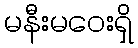
မနီးမဝေးရှိ